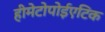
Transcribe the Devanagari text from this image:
हीमेटोपोईएटिक